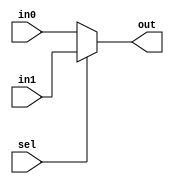
module mux2X1( in0,in1,sel,out);
	
	parameter width=16; 
	input [width-1:0] in0,in1;
	input sel;
	output [width-1:0] out;

	assign out=(sel)?in1:in0;

endmodule